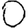
Digit: 0